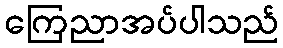
ကြေညာအပ်ပါသည်